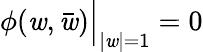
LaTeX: \phi(\mathit{w},\bar{{\mathit{w}}})\Bigr|_{|\mathit{w}|=1}=0